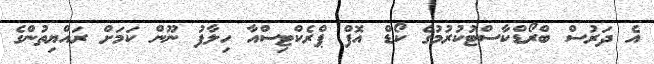
އެ ދަރުސް ބްރޯޑްކާސްޓުކުރުމުގެ ކޯޑް އޮފް ޕްރެކްޓިސްއާ ހިލާފު ނޫން ކަމަށް ރައްޔިތުންގެ